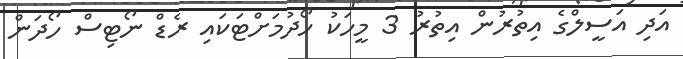
އަދި އަސީލްގެ އިތުރުން އިތުރު 3 މީހަކު ހޯދުމަށްޓަކައި ރެޑް ނޯޓިސް ހޯދަން